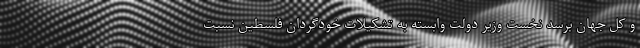
و کل جهان برسد نخست وزیر دولت وابسته به تشکیلات خودگردان فلسطین نسبت